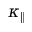
\kappa _ { \parallel }